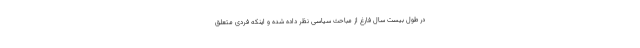
در طول بیست سال فارغ از مباحث سیاسی نظر داده شده و اینکه فردی متعلق